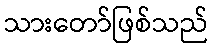
သားတော်ဖြစ်သည်